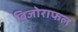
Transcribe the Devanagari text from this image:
बिजोराफल